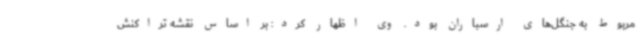
مربوط به جنگل‌های ارسباران بود. وی اظهار کرد: بر اساس نقشه تراکنش